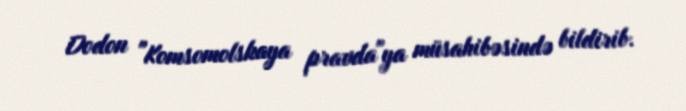
Dodon "Komsomolskaya pravda"ya müsahibəsində bildirib.